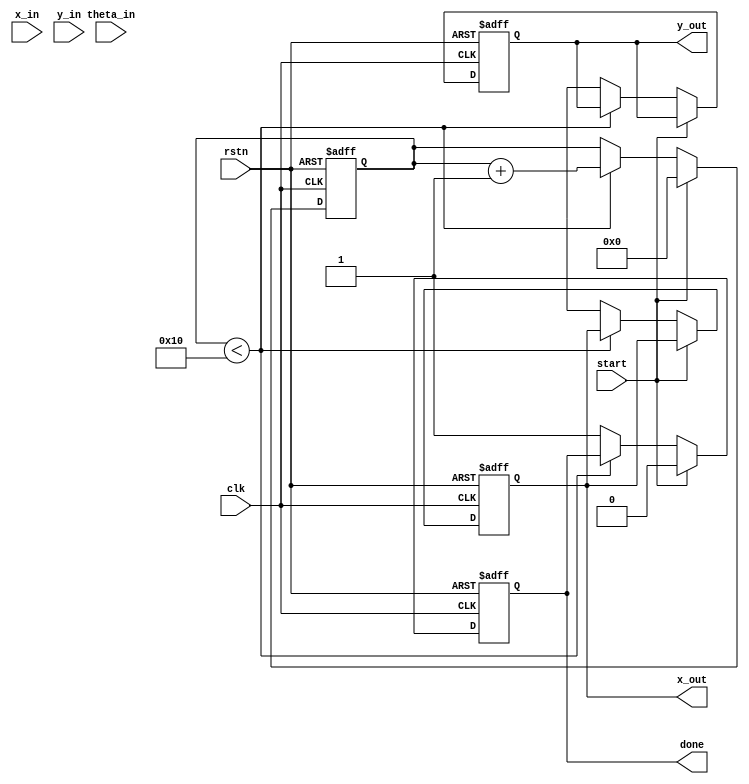
module unified_cordic #(
    parameter DATA_WIDTH = 16,     // Width of the input and output data
    parameter ITERATIONS = 16       // Number of iterations for precision
)(
    input wire clk,                 // Clock input
    input wire rstn,                // Active-low reset
    input wire [DATA_WIDTH-1:0] x_in, // Input X vector
    input wire [DATA_WIDTH-1:0] y_in, // Input Y vector
    input wire [DATA_WIDTH-1:0] theta_in, // Input angle in fixed-point format
    input wire start,               // Start signal for computation
    output reg [DATA_WIDTH-1:0] x_out, // Output X after computation
    output reg [DATA_WIDTH-1:0] y_out, // Output Y after computation
    output reg done                 // Done signal
);

    reg [DATA_WIDTH-1:0] x_reg [0:ITERATIONS-1]; // X storage for iterations
    reg [DATA_WIDTH-1:0] y_reg [0:ITERATIONS-1]; // Y storage for iterations
    reg [DATA_WIDTH-1:0] theta_reg;               // Current angle
    reg [4:0] iteration;                           // Current iteration index
    reg [DATA_WIDTH-1:0] arctan_table [0:ITERATIONS-1]; // Precomputed arctan values
    reg dir;                                      // Direction flag (0: clockwise, 1: counter-clockwise)
    
    // Precompute arctan(2^-i) values for CORDIC
    initial begin
        arctan_table[0] = 16'h2000; // atan(1) in fixed-point
        arctan_table[1] = 16'h1000; // atan(0.5)
        arctan_table[2] = 16'h0800; // atan(0.25)
        // More values can be added for higher precision
        // Assume using a fixed-point representation
    end

    // CORDIC operation
    always @(posedge clk or negedge rstn) begin
        if (!rstn) begin
            x_out <= 0;
            y_out <= 0;
            done <= 0;
            iteration <= 0;
        end
        else if (start) begin
            // Initial values
            x_reg[0] <= x_in;
            y_reg[0] <= y_in;
            theta_reg <= theta_in;
            iteration <= 0;
            done <= 0;
        end
        else if (iteration < ITERATIONS) begin
            // CORDIC iterations
            dir <= (theta_reg < 0) ? 1 : 0; // Determine direction based on theta
            if (dir) begin
                // Counter-clockwise rotation
                x_reg[iteration + 1] <= x_reg[iteration] + (y_reg[iteration] >>> iteration);
                y_reg[iteration + 1] <= y_reg[iteration] - (x_reg[iteration] >>> iteration);
                theta_reg <= theta_reg + arctan_table[iteration];
            end
            else begin
                // Clockwise rotation
                x_reg[iteration + 1] <= x_reg[iteration] - (y_reg[iteration] >>> iteration);
                y_reg[iteration + 1] <= y_reg[iteration] + (x_reg[iteration] >>> iteration);
                theta_reg <= theta_reg - arctan_table[iteration];
            end
            
            iteration <= iteration + 1;
        end
        else begin
            // After completing iterations
            x_out <= x_reg[ITERATIONS]; // Final X
            y_out <= y_reg[ITERATIONS]; // Final Y
            done <= 1;                  // Signal completion
        end
    end
endmodule